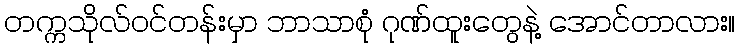
တက္ကသိုလ်ဝင်တန်းမှာ ဘာသာစုံ ဂုဏ်ထူးတွေနဲ့ အောင်တာလား။